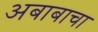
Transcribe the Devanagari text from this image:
अबाबाचा